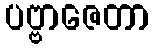
ပဗ္ဗာဇေတာ